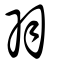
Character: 羽